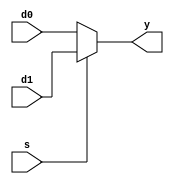
`timescale 1ns / 1ps
//////////////////////////////////////////////////////////////////////////////////
// Company: 
// Engineer: 
// 
// Design Name: 
// Module Name: Mux_5
// Project Name: 
// Target Devices: 
// Tool Versions: 
// Description: 
// 
// Dependencies: 
// 
// Revision:
// Revision 0.01 - File Created
// Additional Comments:
// 
//////////////////////////////////////////////////////////////////////////////////


module Mux_5(input [4:0] d0,input [4:0] d1,input s,output [4:0] y);
    assign y=(!s)?d0:d1;
endmodule